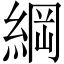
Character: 綱